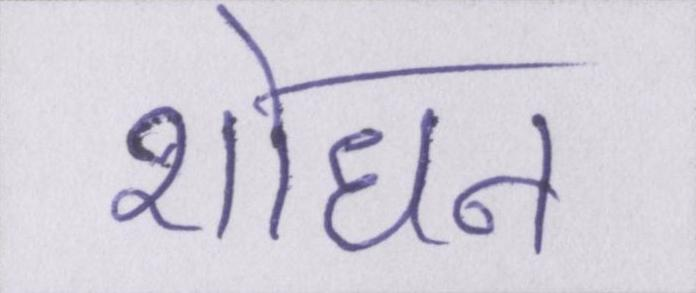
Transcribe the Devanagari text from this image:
शोधन